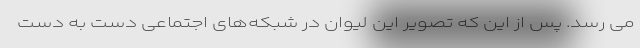
می رسد. پس از این که تصویر این لیوان در شبکه‌های اجتماعی دست به دست